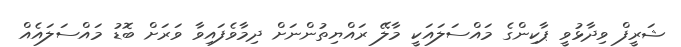
ޝަރީފް ވިދާޅުވީ ޕާކިންގެ މައްސަލައަކީ މާލޭ ރައްޔިތުންނަށް ދިމާވެފައިވާ ވަރަށް ބޮޑު މައްސަލައެއް